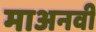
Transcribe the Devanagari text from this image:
माअनवी